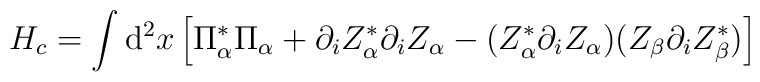
H_c=\int{\rm d}^{2}x\left[\Pi_{\alpha}^{*}\Pi_{\alpha} + \partial_{i}Z_{\alpha}^{*}\partial_{i}Z_{\alpha}-(Z_{\alpha}^{*}\partial_{i}Z_{\alpha})(Z_{\beta}\partial_{i}Z_{\beta}^{*})\right]